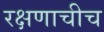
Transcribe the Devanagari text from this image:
रक्षणाचीच